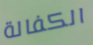
الكفالة